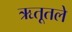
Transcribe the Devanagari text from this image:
ऋतूतले